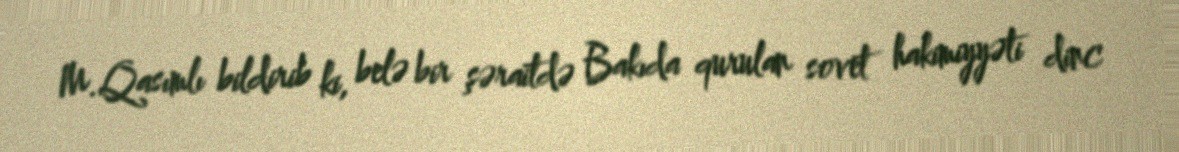
M.Qasımlı bildirib ki, belə bir şəraitdə Bakıda qurulan sovet hakimiyyəti dinc